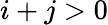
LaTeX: i+j>0